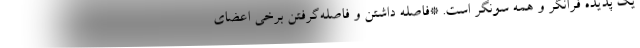
یک پدیده فرانگر و همه سونگر است. *فاصله داشتن و فاصله‌گرفتن برخی اعضای